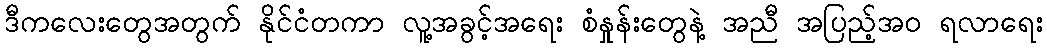
ဒီကလေးတွေအတွက် နိုင်ငံတကာ လူ့အခွင့်အရေး စံနှုန်းတွေနဲ့ အညီ အပြည့်အဝ ရလာရေး